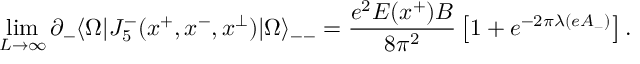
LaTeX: \operatorname * { l i m } _ { L \rightarrow \infty } \partial _ { - } \langle \Omega | J _ { 5 } ^ { - } ( x ^ { + } , x ^ { - } , x ^ { \perp } ) | \Omega \rangle _ { -- } = { \frac { e ^ { 2 } E ( x ^ { + } ) B } { 8 \pi ^ { 2 } } } \left[ 1 + e ^ { - 2 \pi \lambda ( e A _ { - } ) } \right] .